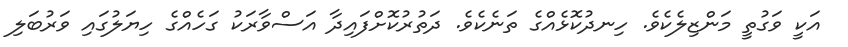
އަކީ ވަގުތީ މަންޒިލެކެވެ. ހިނދުކޮޅެއްގެ ތަނެކެވެ. ދަތުރުކޮށްފައިދާ އަސްވާރަކު ގަހެއްގެ ހިޔަލުގައި ވަރުބަލި